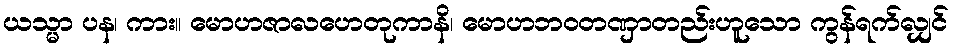
ယသ္မာ ပန၊ ကား။ မောဟဇာလဟေတုကာနိ၊ မောဟဘဝတဏှာတည်းဟူသော ကွန်ရက်လျှင်